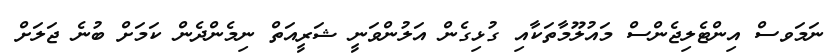
ނަމަވސް އިންޓެލިޖެންސް މައުލޫމާތަކާއި ގުޅިގެން އަލުންވަނީ ޝަރީއަތް ނިމެންދެން ކަމަށް ބުނެ ޖަލަށް